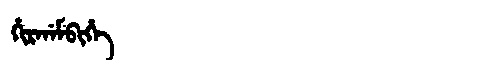
Manchu: ᡥᡳᡵᡤᠠᠮᠪᡳᡥᡝ
Romanization: HIRGAMBIHE